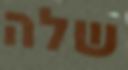
שלה